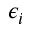
\epsilon _ { i }